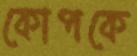
কোপকে